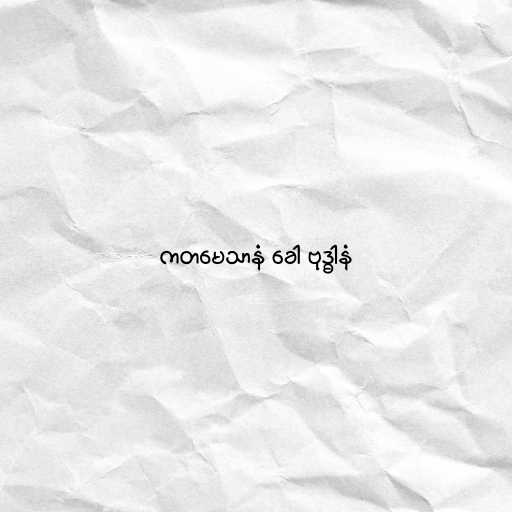
ကတမေသာနံ ခေါ ဗုဒ္ဓါနံ